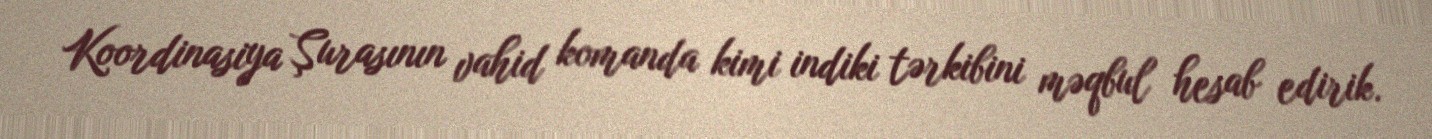
Koordinasiya Şurasının vahid komanda kimi indiki tərkibini məqbul hesab edirik.